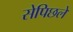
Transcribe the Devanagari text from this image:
सेपिछले